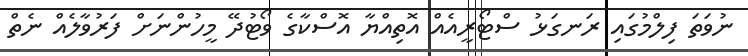
ނުވަތަ ފިލްމުގައި ރަނގަޅު ސްޓޯރީއެއް އޮތިއްޔާ އޮސްކާގެ ވޯޓުދޭ މީހުންނަށް ފަރުވާލެއް ނެތް